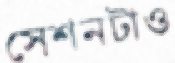
সেশনটাও